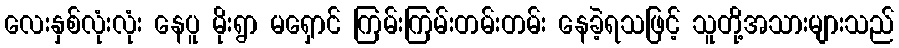
လေးနှစ်လုံးလုံး နေပူ မိုးရွာ မရှောင် ကြမ်းကြမ်းတမ်းတမ်း နေခဲ့ရသဖြင့် သူတို့အသားများသည်